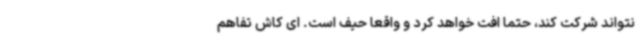
نتواند شرکت کند، حتما افت خواهد کرد و واقعا حیف است. ای کاش تفاهم